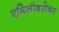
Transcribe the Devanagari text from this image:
एमिलीबरोबर